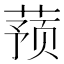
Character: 蓣